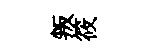
叛筱